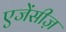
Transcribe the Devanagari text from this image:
एजेंसीज़